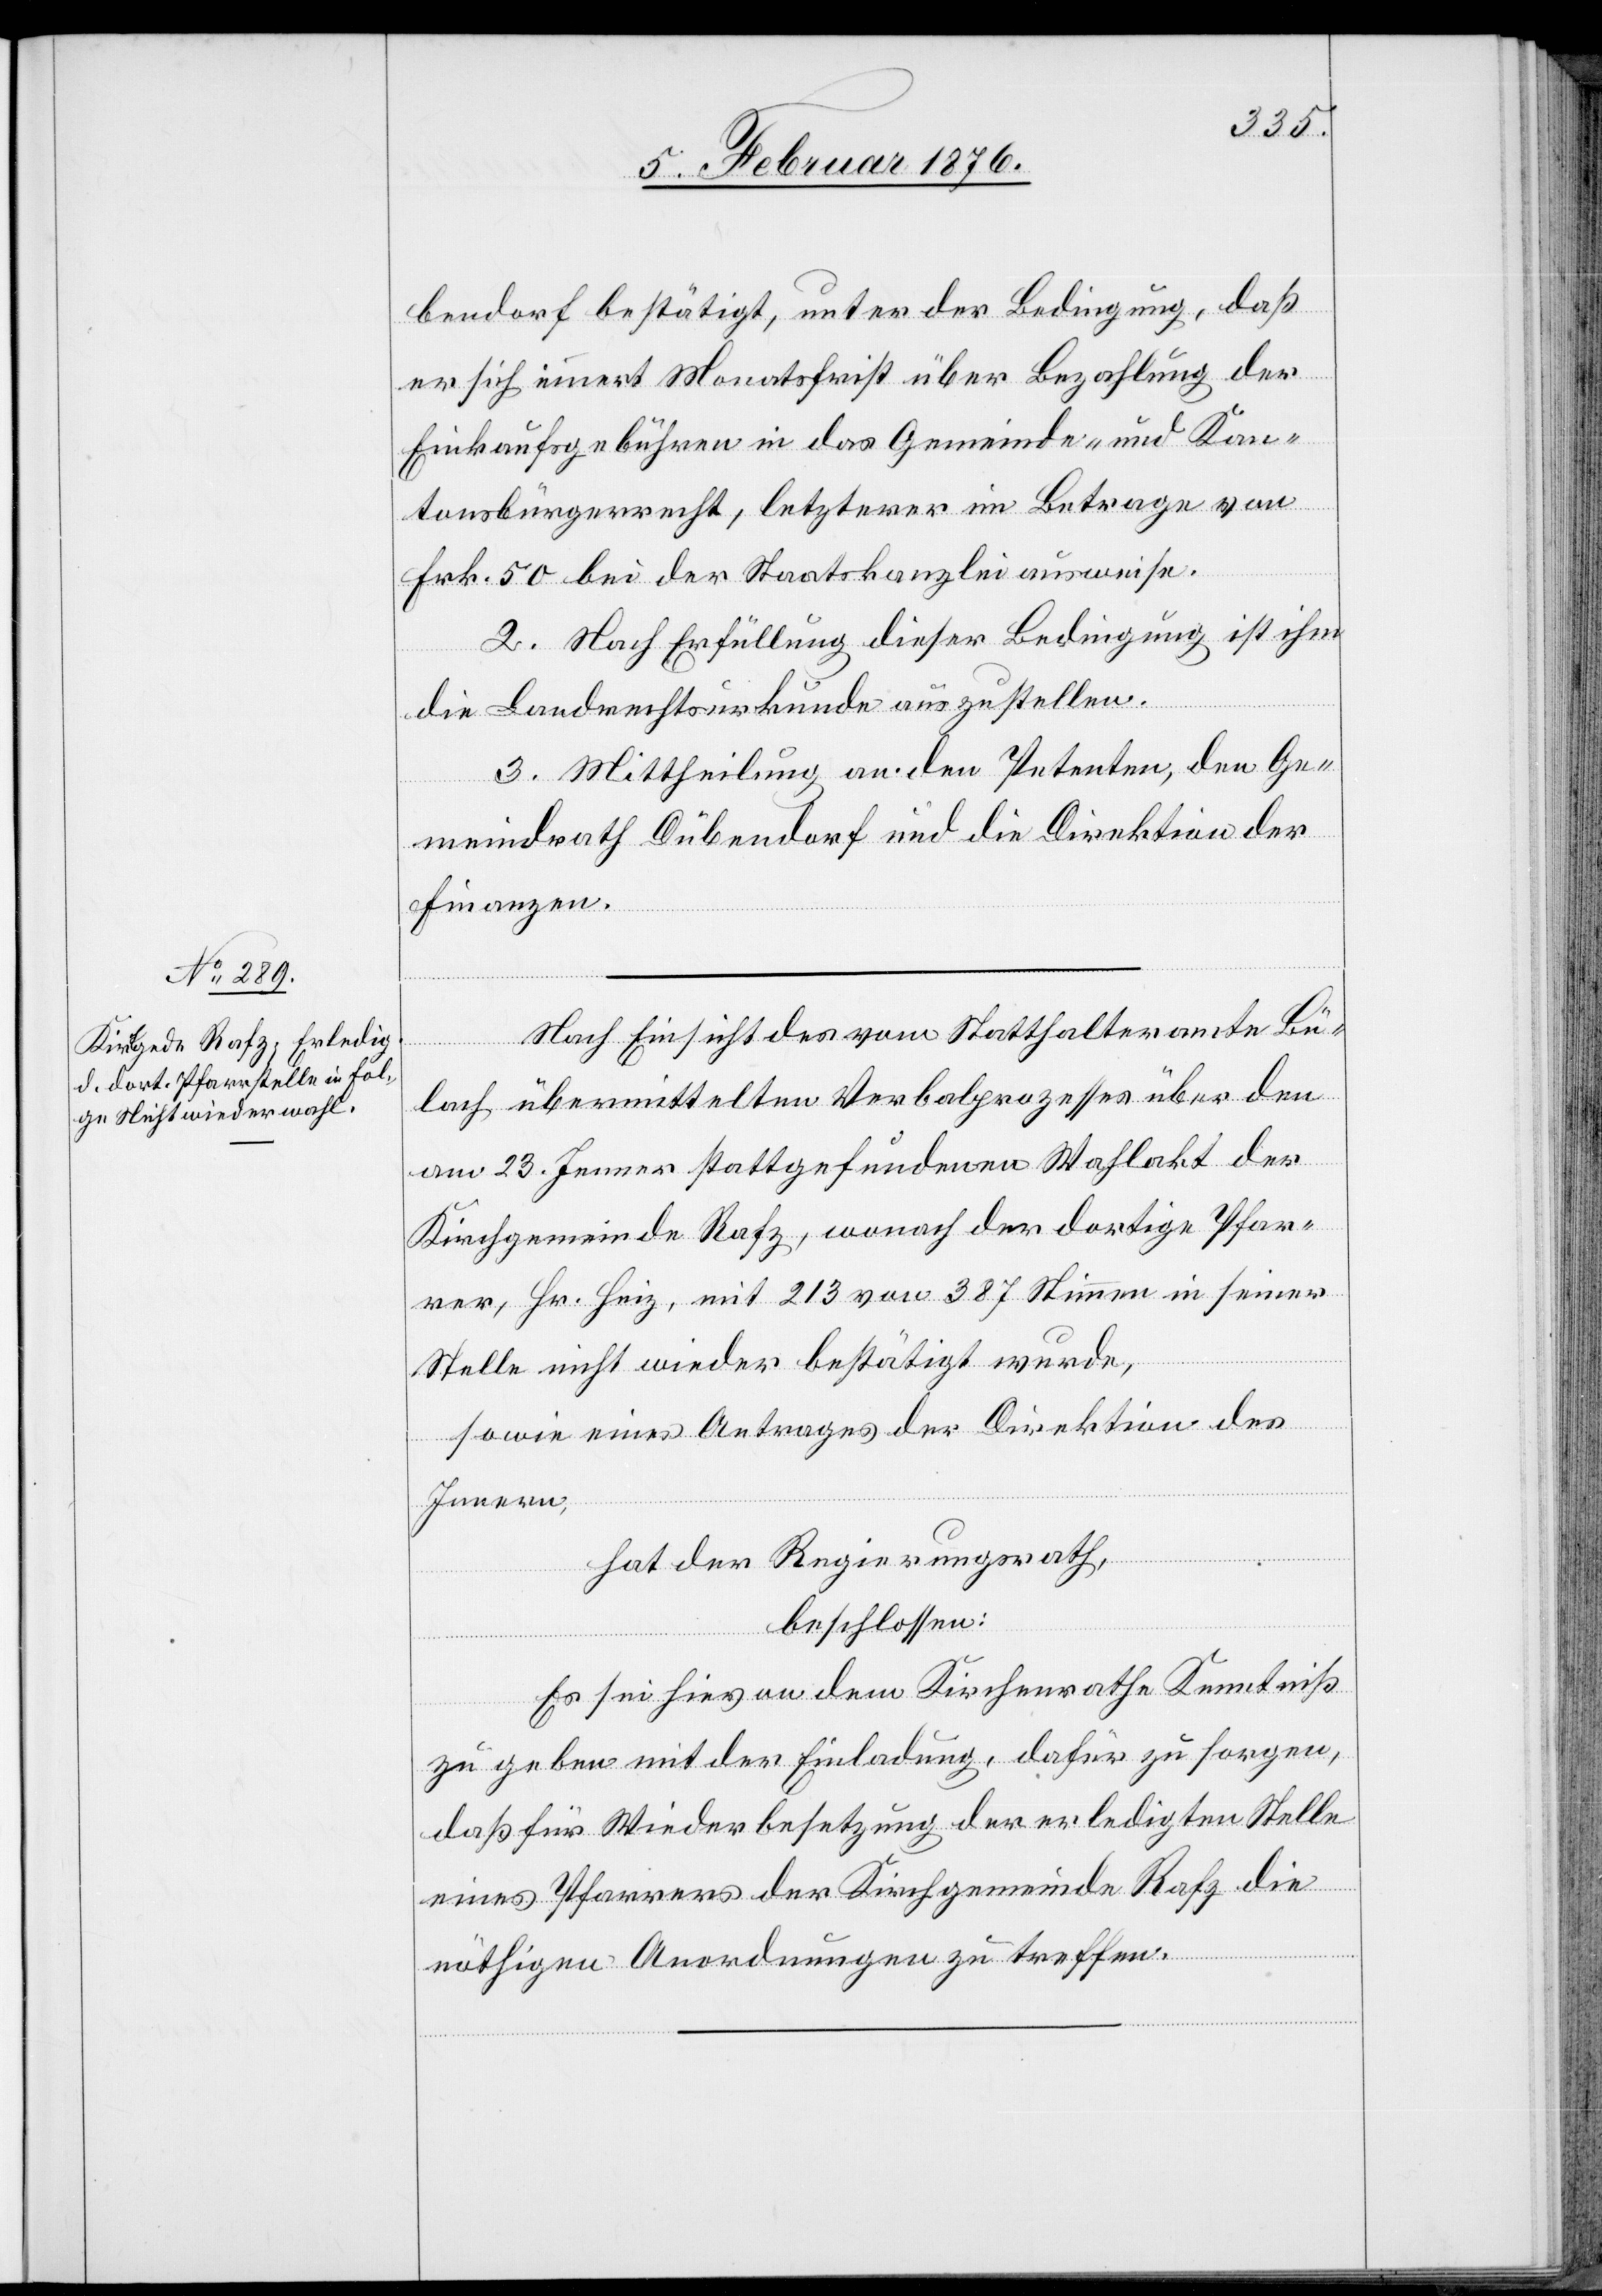
bendorf bestätigt, unter der Bedingung, daß
er sich innert Monatsfrist über Bezahlung der
Einkaufsgebühren in das Gemeinde- und Kan¬
tonsbürgerschaft, letzterer [sic!] im Betrage von
Frk. 50 bei der Staatskanzlei ausweise.
2. Nach Erfüllung dieser Bedingung ist ihm
die Landrechtsurkunde auszustellen.
3. Mittheilung an den Petenten, den Ge¬
meindrath Dübendorf und die Direktion der
Finanzen.
Nach Einsicht des vom Statthalteramte Bü¬
lach übermittelten Verbalprozesses über den
am 23. Jenner stattgefundenen Wahlakt der
Kirchgemeinde Rafz, wonach der dortigen Pfar¬
rer, Hr. Heiz, mit 213 von 387 Stimmen in seiner
Stelle nicht wieder bestätigt wurde,
sowie eines Antrages der Direktion des
Innern,
hat der Regierungsrath,
beschlossen:
Es sei hieran dem Kirchenrathe Kenntniß
zu geben mit der Einladung, dafür zu sorgen,
daß für Wiederbesetzung der erledigten Stelle
eines Pfarrers der Kirchgemeinde Rafz die
nöthigen Anordnungen zu treffen.